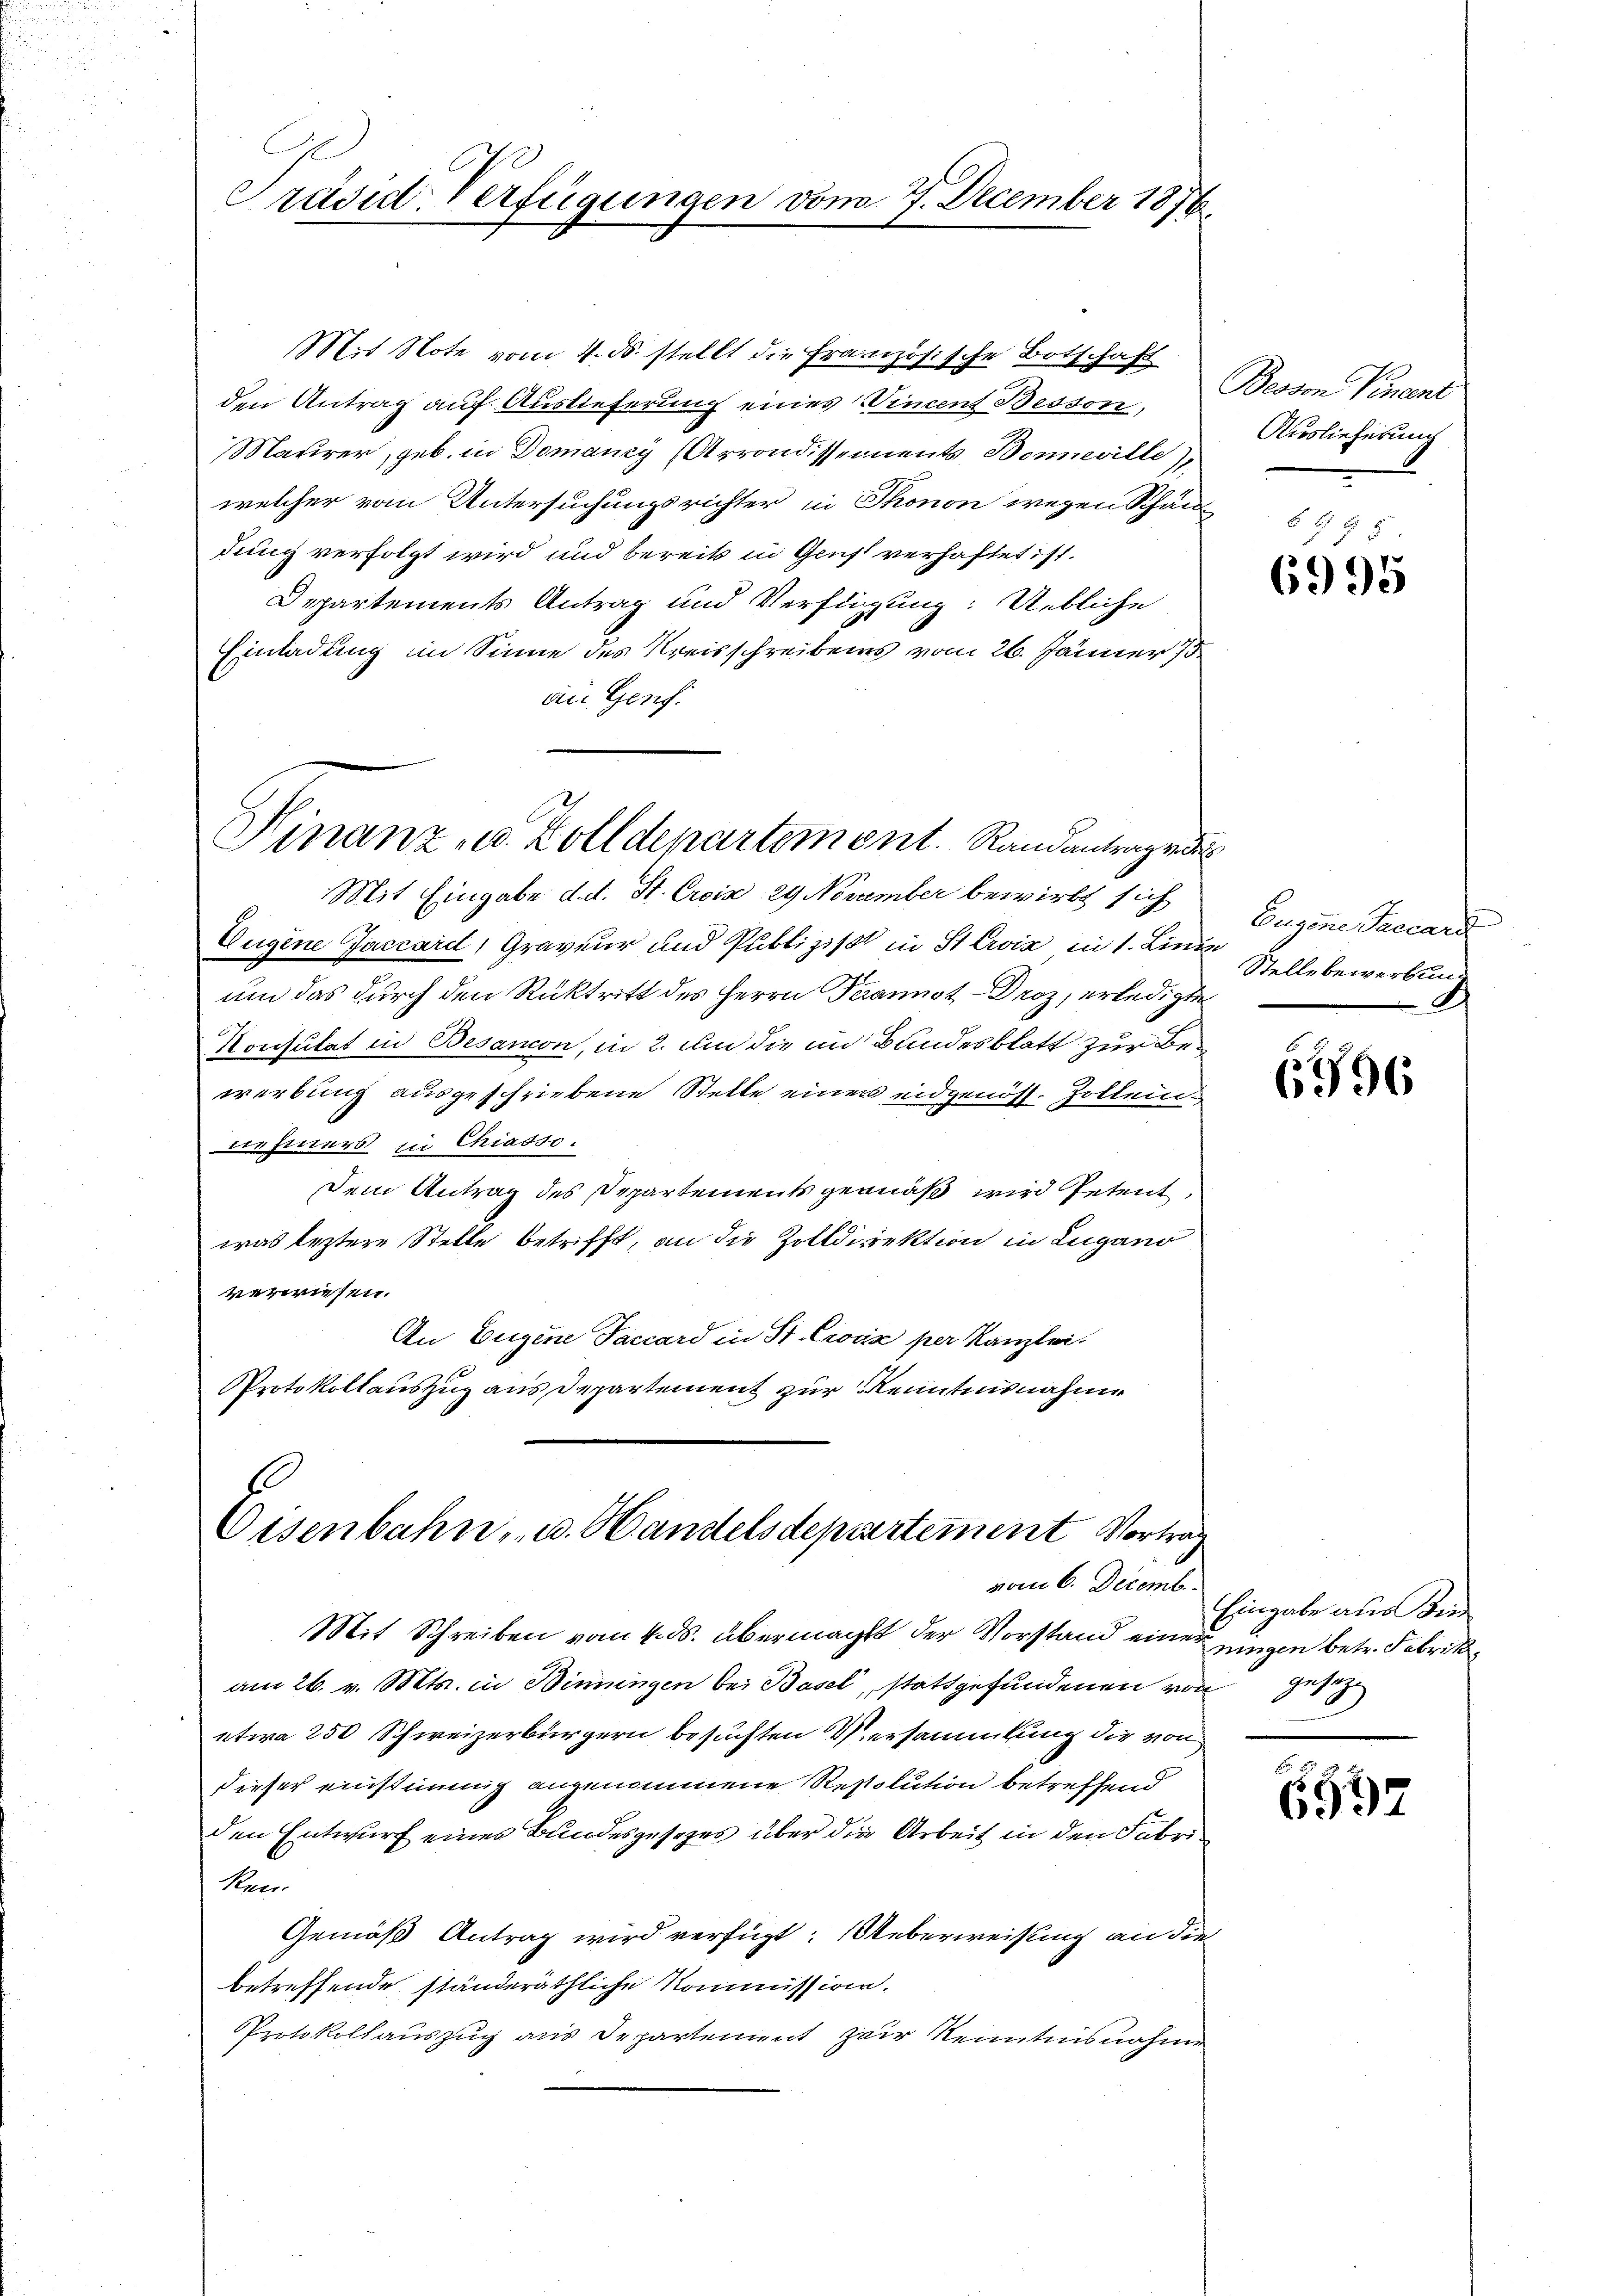
Präsid. Verfügungen vom 7. December 1876.

Hinanz u. Zolldepartement. Randantrage

Eisenbahn, u. Handelsdepartement Vortravom 6. Decemb.

Departements Antrag und Verfügung: Uebliche
Einladung im Sinne des Kreisschreibens vom 26. Jänner 179
au Genf.
Mit Eingabe d. d. St. Croix 29 November bewirkt sich
Eugene Jaccard, Graveur und Publizist in St. Croix in 1. Einen
um das durch den Rücktritt des Herrn Perannot - Droz, erledigte
Konsulat in Besandon, in 2. um die im Bundesblatt zur Bewerbung ausgeschriebene Stelle einer eidgenöss. Zolleinde hinters in Chiadso.
Dem Antrag des Departements gemäß wird Petent,
was leztere Stelle betrifft, an die Zolldirektion in Lugano
verwiesen.
An Eugene Taccard in St. Croix per Kanzlei
Protokollauszug aus Departement zur Kenntnisnahme

Mit Note vom 4. ds. stellt die Französische Botschaft
den Antrag auf Auslieferung eines Vincent Besson,
Matirer, geb. in Domaney (Arrondissements, Bonneville),
welcher vom Untersuchungsrichter in Thonon wegen Schän
dung verfolgt wird und bereits in Gruft verhaftet ist.

Mit Schreiben vom 4. ds. übermacht der Vorstand einer gingen betr. Fabrik
am 26. v. Mts. in Binnungen bei Basel, stattgefundenen von Gesetz
etwa 250 Schweizerbürgern besuchten Versammlung die von
dieser einstimmig angenommene Resolution betreffend
den Entwurf eines Bundesgesetzes über die Arbeit in den Fabriken.
Gemäß Antrag wird verfügt: Ueberweisung an die
betreffende ständeräthliche Kommission.
Protokollauszug aus Departement zur Kenntnisnahme

Beovon Venent
Auslieferung

§ 495.
6995

Eugene Saccard
Stelle bewerbung

6596

Eingabe aus die

6992